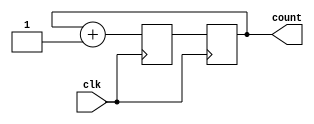
module binary_counter(
    input wire clk,
    output reg [3:0] count
);

reg [3:0] next_count;

always @(posedge clk) begin
    next_count <= count + 1;
end

always @(posedge clk) begin
    count <= next_count;
end

endmodule